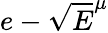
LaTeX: e-\sqrt{E}^{\mu}